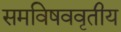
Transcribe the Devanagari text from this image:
समविषववृतीय